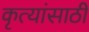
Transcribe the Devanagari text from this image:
कृत्यांसाठी